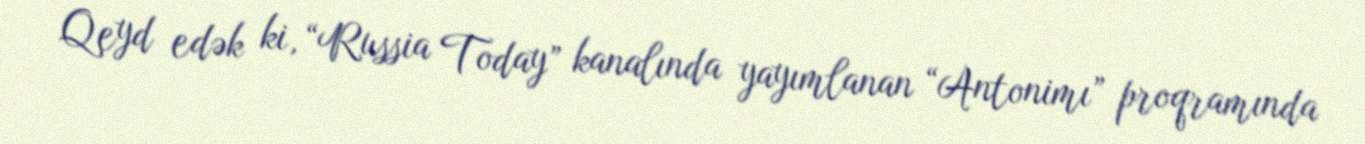
Qeyd edək ki, “Russia Today” kanalında yayımlanan “Antonimı” proqramında